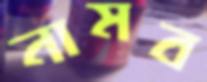
নামব